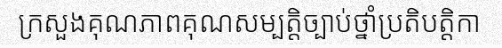
ក្រសួងគុណភាពគុណសម្បត្តិច្បាប់ថ្នាំប្រតិបត្តិកា